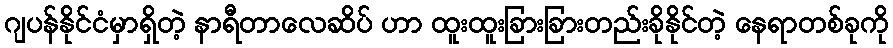
ဂျပန်နိုင်ငံမှာရှိတဲ့ နာရီတာလေဆိပ် ဟာ ထူးထူးခြားခြားတည်းခိုနိုင်တဲ့ နေရာတစ်ခုကို